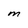
Character: M